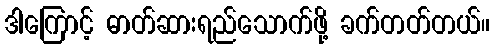
ဒါကြောင့် ဓာတ်ဆားရည်သောက်ဖို့ ခက်တတ်တယ်။